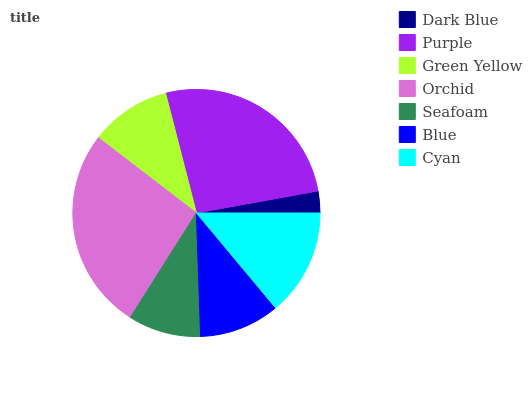
| Dark Blue | Purple | Green Yellow | Orchid | Seafoam | Blue | Cyan |
 | --- | --- | --- | --- | --- | --- | --- |
 | 2.85% | 26.1% | 10.6% | 26.4% | 9.54% | 10.5% | 13.9% |